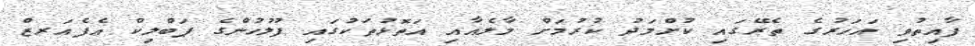
ފާއިތުވި އަހަރުގެ ތެރޭގައި ކުށްމަދު ކުރުމަށް މާލެއާއި އަތޮޅުތަކުގައި ފުލުހުންގެ ޕަބްލިކް އެފެއަރޒް